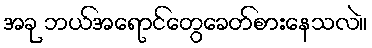
အခု ဘယ်အရောင်တွေခေတ်စားနေသလဲ။